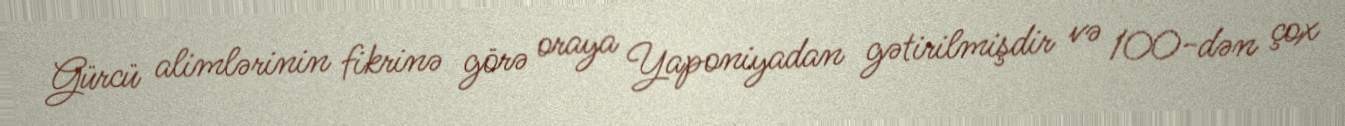
Gürcü alimlərinin fikrinə görə oraya Yaponiyadan gətirilmişdir və 100-dən çox